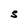
Character: S